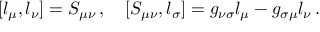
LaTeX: [ l _ { \mu } , l _ { \nu } ] = S _ { \mu \nu } \, , \quad [ S _ { \mu \nu } , l _ { \sigma } ] = g _ { \nu \sigma } l _ { \mu } - g _ { \sigma \mu } l _ { \nu } \, .